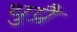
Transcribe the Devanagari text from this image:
थुप्रै